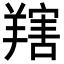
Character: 𦎱